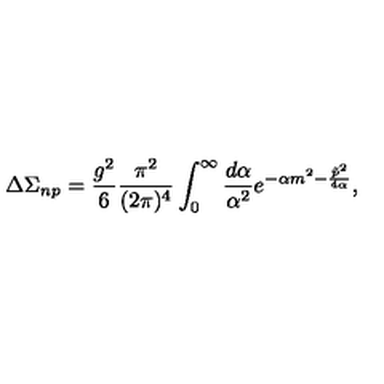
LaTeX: \Delta \Sigma _ { n p } = \frac { g ^ { 2 } } 6 \frac { \pi ^ { 2 } } { ( 2 \pi ) ^ { 4 } } \int _ { 0 } ^ { \infty } \frac { d \alpha } { \alpha ^ { 2 } } e ^ { - \alpha m ^ { 2 } - \frac { \tilde { p } ^ { 2 } } { 4 \alpha } } ,